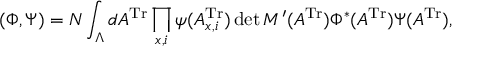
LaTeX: ( \Phi , \Psi ) = N \int _ { \Lambda } d A ^ { \mathrm { T r } } \prod _ { x , i } \psi ( A _ { x , i } ^ { \mathrm { T r } } ) \operatorname * { d e t } M ^ { \prime } ( A ^ { \mathrm { T r } } ) \Phi ^ { * } ( A ^ { \mathrm { T r } } ) \Psi ( A ^ { \mathrm { T r } } ) ,